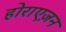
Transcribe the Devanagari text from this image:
होराएज़न